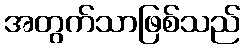
အတွက်သာဖြစ်သည်